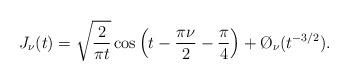
LaTeX: \begin{align*}J_\nu(t) = \sqrt{\frac{2}{\pi t}} \cos{\left(t-\frac{\pi \nu}{2}-\frac{\pi}{4}\right)} +\O_\nu(t^{-3/2}).\end{align*}